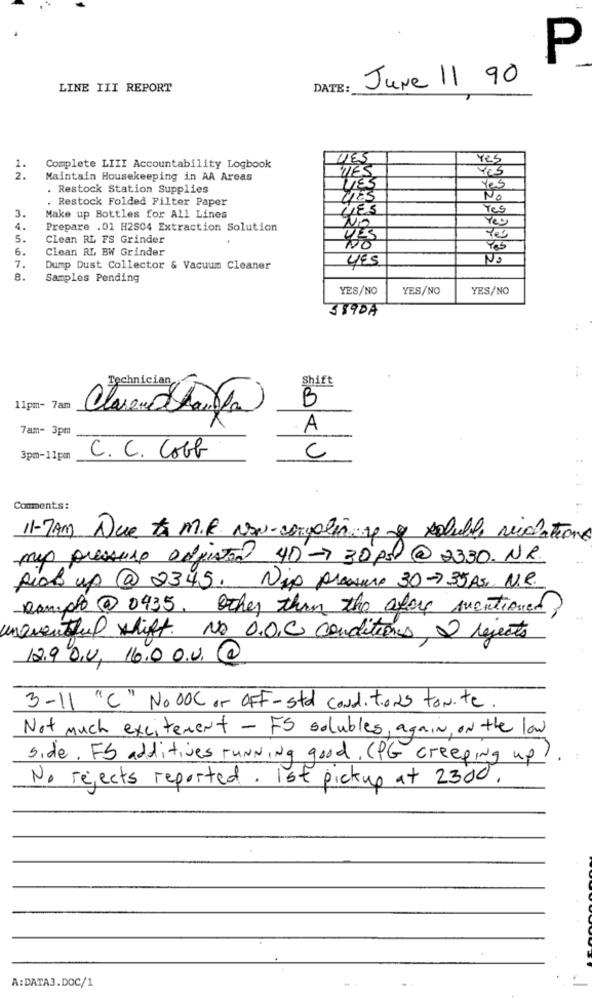
P
June 11 90
LINE III REPORT
DATE:
ZES
Yes
1.
Complete LIII Accountability Logbook
TTES
2.
Maintain Housekeeping in AA Areas
. Restock Station Supplies
Yes
. Restock Folded Filter Paper
TRES
No
Yes
3.
Make up Bottles for All Lines
NO
4.
Prepare .01 H2S04 Extraction Solution
5.
Clean RL FS Grinder
YES
6.
Clean RL BW Grinder
YES
No
7.
Dump Dust Collector & Vacuum Cleaner
8.
Samples Pending
YES/NO
YES/NO
YES/NO
SS9DA
Technician
Shift
B
11pm- 7am
7am- 3pm
A
3pm-11pm
C. C. Cobb
C
Comments:
11-7AM Due to M.R. Now-corpolin f & soluble violation
mip pressure Delpistol 40-30PS@2330.NR.
pick up @ 2345. Nip presure 30-735 As N.R.
Ramplo @ 0435. Other than the afor mentioned?
uneventful shift. No O.O.C conditions, 2 rejects
12.9 D,U, 16.0 0.U.@
3-11 "C" No 00℃ or OFF-std conditions tonite.
Not much excitement - FS solubles, again, on the law
Side, FS additives running good, (PG creeping up?
No rejects reported. Ist pickup at 2300.
A:DATA3.DOC/1